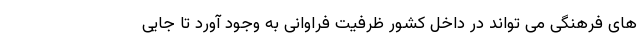
های فرهنگی می تواند در داخل کشور ظرفیت فراوانی به وجود آورد تا جایی